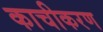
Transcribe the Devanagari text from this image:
काचीकरण